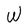
Character: W